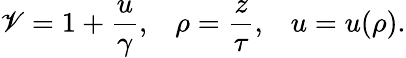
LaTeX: \mathscr{V}=1+{\frac{{u}}{{\gamma}}},\; \; \; \rho={\frac{{z}}{{\tau}}},\; \; \; u=u(\rho).